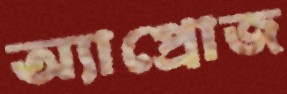
অ্যাপ্রোজ